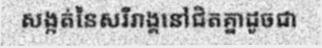
សង្កត់នៃសរីរាង្គនៅជិតគ្នាដូចជា